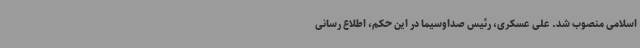
اسلامی منصوب شد. علی عسکری، رئیس صداوسیما در این حکم، اطلاع رسانی